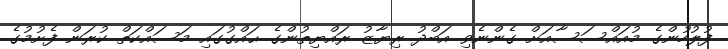
ފުލުހުންގެ މުއައްސަސާއަށް ގެންނެވި އަބްދު ރިޔާޒު ރައްޔިތުންގެ ޙައްގުގައި މަސައްކަތް ކުރަން ފެށުމުގެ